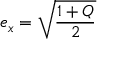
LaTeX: e _ { x } = { \sqrt { \frac { 1 + Q } { 2 } } }